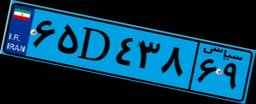
۶۵D۴۳۸۶۹